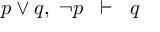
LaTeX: p \lor q , \; \neg p \; \; \vdash \; \; q